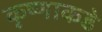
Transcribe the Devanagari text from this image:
कृष्णाकडे